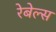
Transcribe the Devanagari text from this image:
रेबेल्स